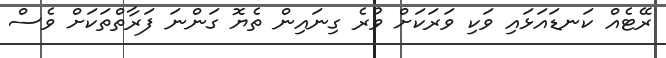
ރޭޓެއް ކަނޑައަޅައި ވަކި ވަރަކަށް ވުރެ ގިނައިން ތެޔޮ ގަންނަ ފަރާތްތަކަށް ވެސް